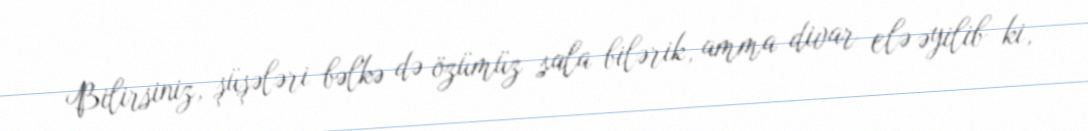
Bilirsiniz, şüşələri bəlkə də özümüz sala bilərik, amma divar elə əyilib ki,